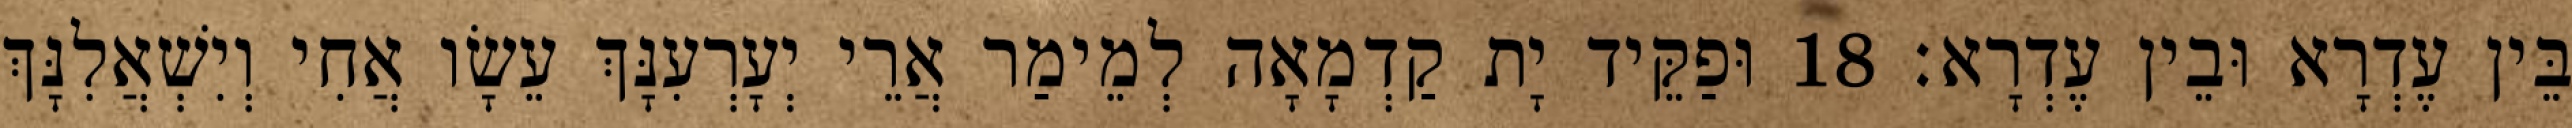
בֵּין עֶדְרָא וּבֵין עֶדְרָא׃ 18 וּפַקֵּיד יָת קַדְמָאָה לְמֵימַר אֲרֵי יְעָרְעִנָּךְ עֵשָׂו אֲחִי וְיִשְׁאֲלִנָּךְ